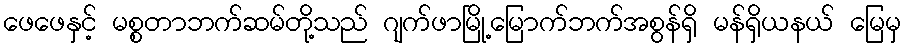
ဖေဖေနှင့် မစ္စတာဘက်ဆမ်တို့သည် ဂျက်ဖာမြို့မြောက်ဘက်အစွန်ရှိ မန်ရှိယနယ် မြေမှ